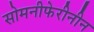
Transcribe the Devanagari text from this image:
सोमनीफेरीनीन